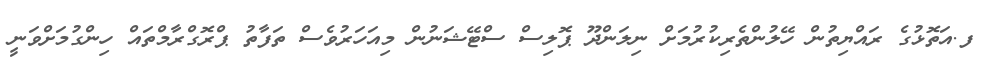
ފ.އަތޮޅުގެ ރައްޔިތުން ހޭލުންތެރިކުރުމަށް ނިލަންދޫ ޕޮލިސް ސްޓޭޝަނުން މިއަހަރުވެސް ތަފާތު ޕްރޮގްރާމްތައް ހިންގުމަށްވަނީ